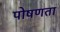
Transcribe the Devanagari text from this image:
पोषणता